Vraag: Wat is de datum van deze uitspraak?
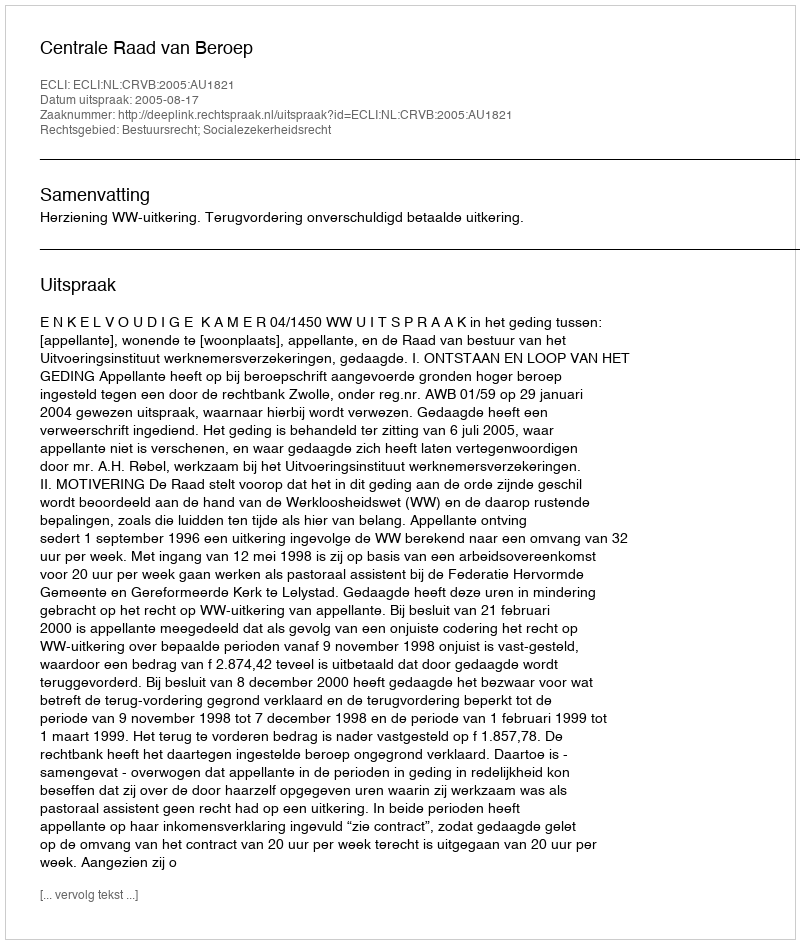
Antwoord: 2005-08-17